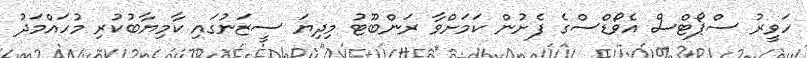
ހަވީރު ސްޕޯޓްސް އެވޯޑްސްގެ ފެށުން ކަމަށްވާ ރަންބޫޓު މިދިޔަ ސީޒަނުގައި ކާމިޔާބުކުރި މުހައްމަދު